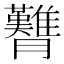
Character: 𦣊